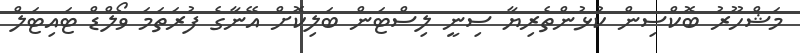
މަޝްހޫރު ބޮކްސިން ކުޅުންތެރިޔާ ސިނީ ލިސްޓަން ބަލިކޮށް އޭނާގެ ފުރަތަމަ ވޯލްޑް ޓައިޓަލް